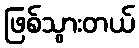
ဖြစ်သွားတယ်